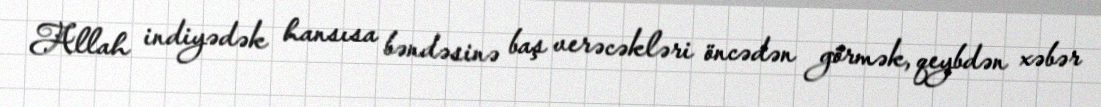
Allah indiyədək hansısa bəndəsinə baş verəcəkləri öncədən görmək, qeybdən xəbər